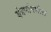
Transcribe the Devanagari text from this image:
यंत्रणांमधील